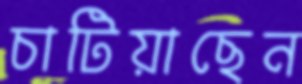
চাটিয়াছেন